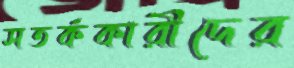
সতর্ককারীদের